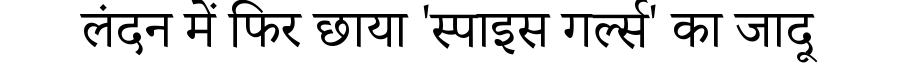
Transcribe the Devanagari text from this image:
लंदन में फिर छाया 'स्पाइस गर्ल्स' का जादू